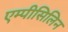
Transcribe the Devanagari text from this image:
एम्पीसिलिन